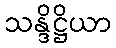
သန္ဒိဋ္ဌိယာ